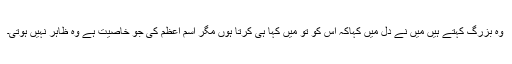
وہ بزرگ کہتے ہیں میں نے دل میں کہاکہ اس کو تو میں کہا ہی کرتا ہوں مگر اسمِ اعظم کی جو خاصیت ہے وہ ظاہر نہیں ہوتی۔